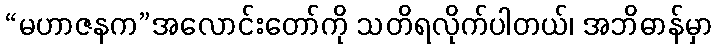
“မဟာဇနက”အလောင်းတော်ကို သတိရလိုက်ပါတယ်၊ အဘိဓာန်မှာ